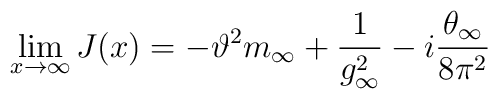
\lim_{x \to \infty} J(x) =  - \vartheta^2 m_\infty + \frac{1}{g_\infty^2}-i \frac{\theta_\infty}{8\pi^2}